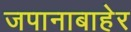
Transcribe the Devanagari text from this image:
जपानाबाहेर